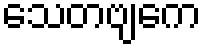
သေတဗျကေ